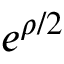
e ^ { \rho / 2 }